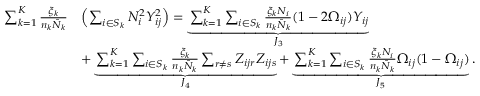
\begin{array} { r l } { \sum _ { k = 1 } ^ { K } \frac { \xi _ { k } } { n _ { k } \bar { N } _ { k } } } & { \Bigl ( \sum _ { i \in S _ { k } } N _ { i } ^ { 2 } Y _ { i j } ^ { 2 } \Bigr ) = \underbrace { \sum _ { k = 1 } ^ { K } \sum _ { i \in S _ { k } } \frac { \xi _ { k } N _ { i } } { n _ { k } \bar { N } _ { k } } ( 1 - 2 \Omega _ { i j } ) Y _ { i j } } _ { J _ { 3 } } } \\ & { + \underbrace { \sum _ { k = 1 } ^ { K } \sum _ { i \in S _ { k } } \frac { \xi _ { k } } { n _ { k } \bar { N } _ { k } } \sum _ { r \neq s } Z _ { i j r } Z _ { i j s } } _ { J _ { 4 } } + \underbrace { \sum _ { k = 1 } ^ { K } \sum _ { i \in S _ { k } } \frac { \xi _ { k } N _ { i } } { n _ { k } \bar { N } _ { k } } \Omega _ { i j } ( 1 - \Omega _ { i j } ) } _ { J _ { 5 } } . } \end{array}